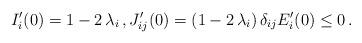
LaTeX: \begin{align*} I_i'(0) = 1 - 2 \, \lambda_i \, , J_{ij}'(0) = (1 - 2 \, \lambda_i ) \, \delta_{ij} {}E_i'(0) \leq 0 \, .\end{align*}